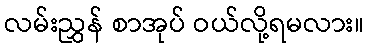
လမ်းညွှန် စာအုပ် ဝယ်လို့ရမလား။